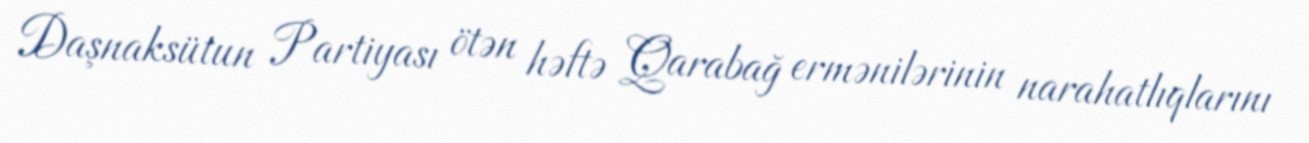
Daşnaksütun Partiyası ötən həftə Qarabağ ermənilərinin narahatlıqlarını